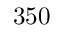
3 5 0